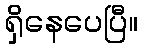
ရှိနေပေပြီ။